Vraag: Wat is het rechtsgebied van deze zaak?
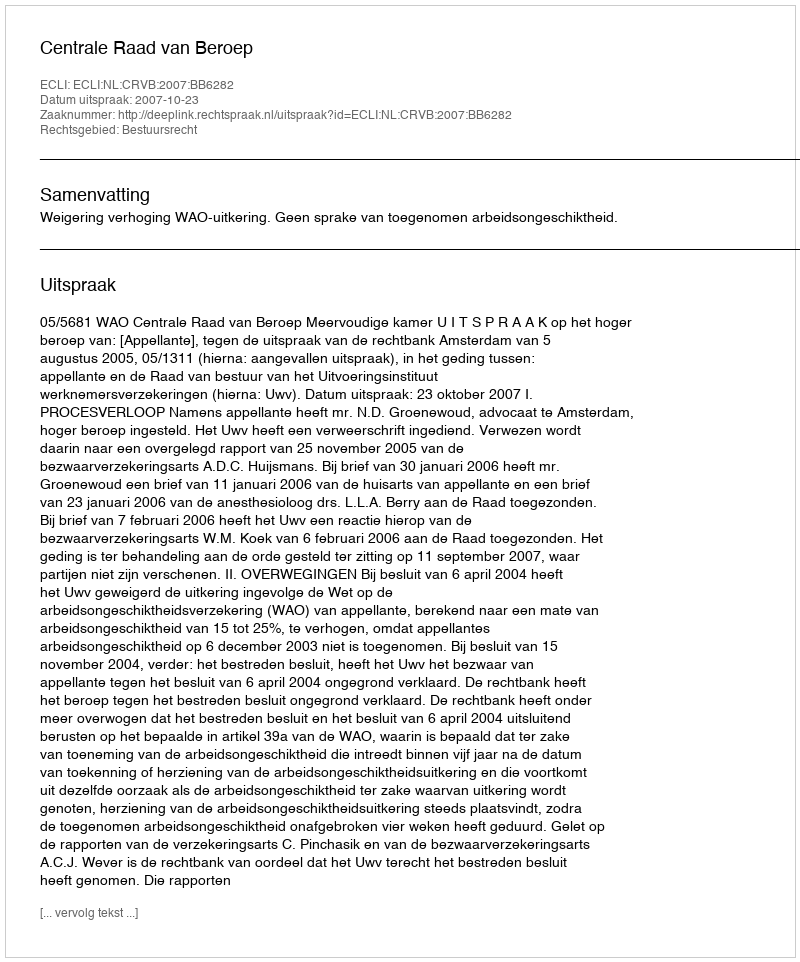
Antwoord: Bestuursrecht